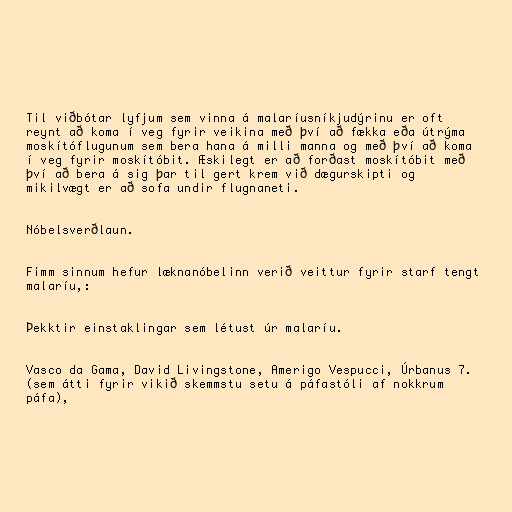
Til viðbótar lyfjum sem vinna á malaríusníkjudýrinu er oft
reynt að koma í veg fyrir veikina með því að fækka eða útrýma
moskítóflugunum sem bera hana á milli manna og með því að koma
í veg fyrir moskítóbit. Æskilegt er að forðast moskítóbit með
því að bera á sig þar til gert krem við dægurskipti og
mikilvægt er að sofa undir flugnaneti.

Nóbelsverðlaun.

Fimm sinnum hefur læknanóbelinn verið veittur fyrir starf tengt
malaríu,:

Þekktir einstaklingar sem létust úr malaríu.

Vasco da Gama, David Livingstone, Amerigo Vespucci, Úrbanus 7.
(sem átti fyrir vikið skemmstu setu á páfastóli af nokkrum
páfa),